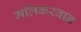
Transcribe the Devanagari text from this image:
मलिकरवान